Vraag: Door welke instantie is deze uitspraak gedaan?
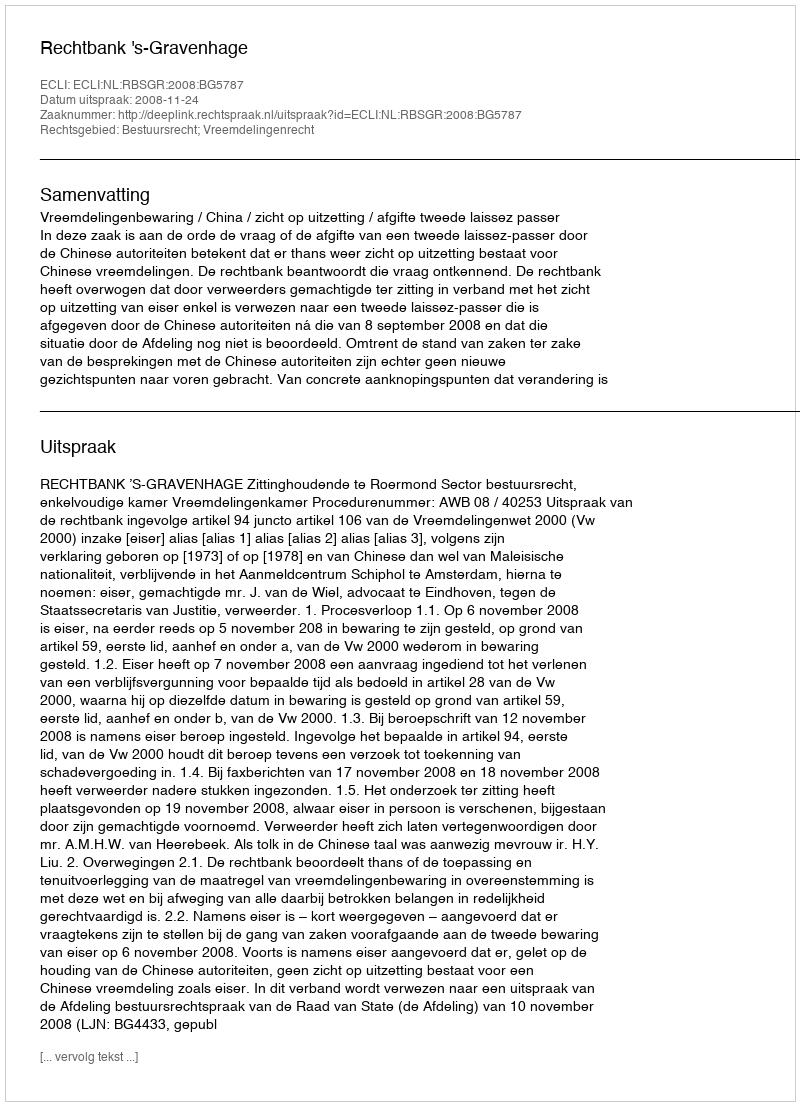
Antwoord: Rechtbank 's-Gravenhage